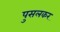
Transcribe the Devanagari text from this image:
पुसलकर